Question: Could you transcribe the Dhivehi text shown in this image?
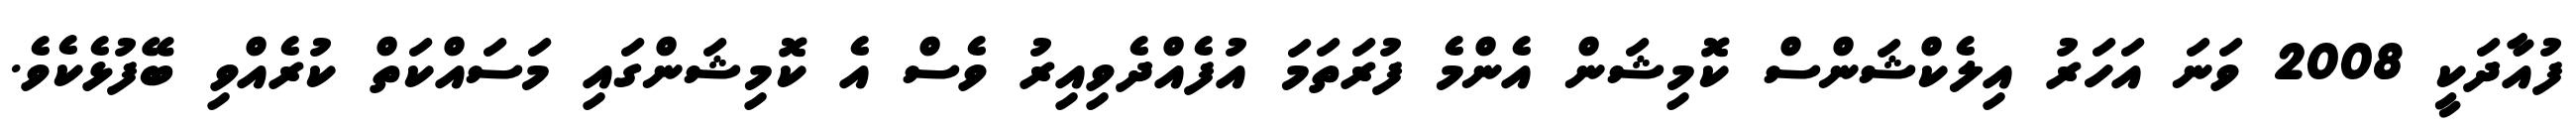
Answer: ފުއާދަކީ 2008 ވަނަ އަހަރު އިލެކްޝަންސް ކޮމިޝަން އެންމެ ފުރަތަމަ އުފެއްދެވިއިރު ވެސް އެ ކޮމިޝަންގައި މަސައްކަތް ކުރެއްވި ބޭފުޅެކެވެ.